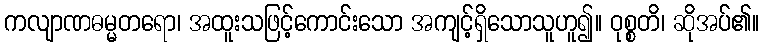
ကလျာဏဓမ္မတရော၊ အထူးသဖြင့်ကောင်းသော အကျင့်ရှိသောသူဟူ၍။ ဝုစ္စတိ၊ ဆိုအပ်၏။